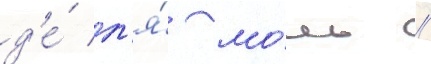
д'е́ л'я́ мо́ль /